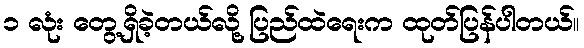
၁ လုံး တွေ့ရှိခဲ့တယ်လို့ ပြည်ထဲရေးက ထုတ်ပြန်ပါတယ်။